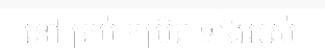
នៅ គ្រប់ កម្រិត ទាំងអស់